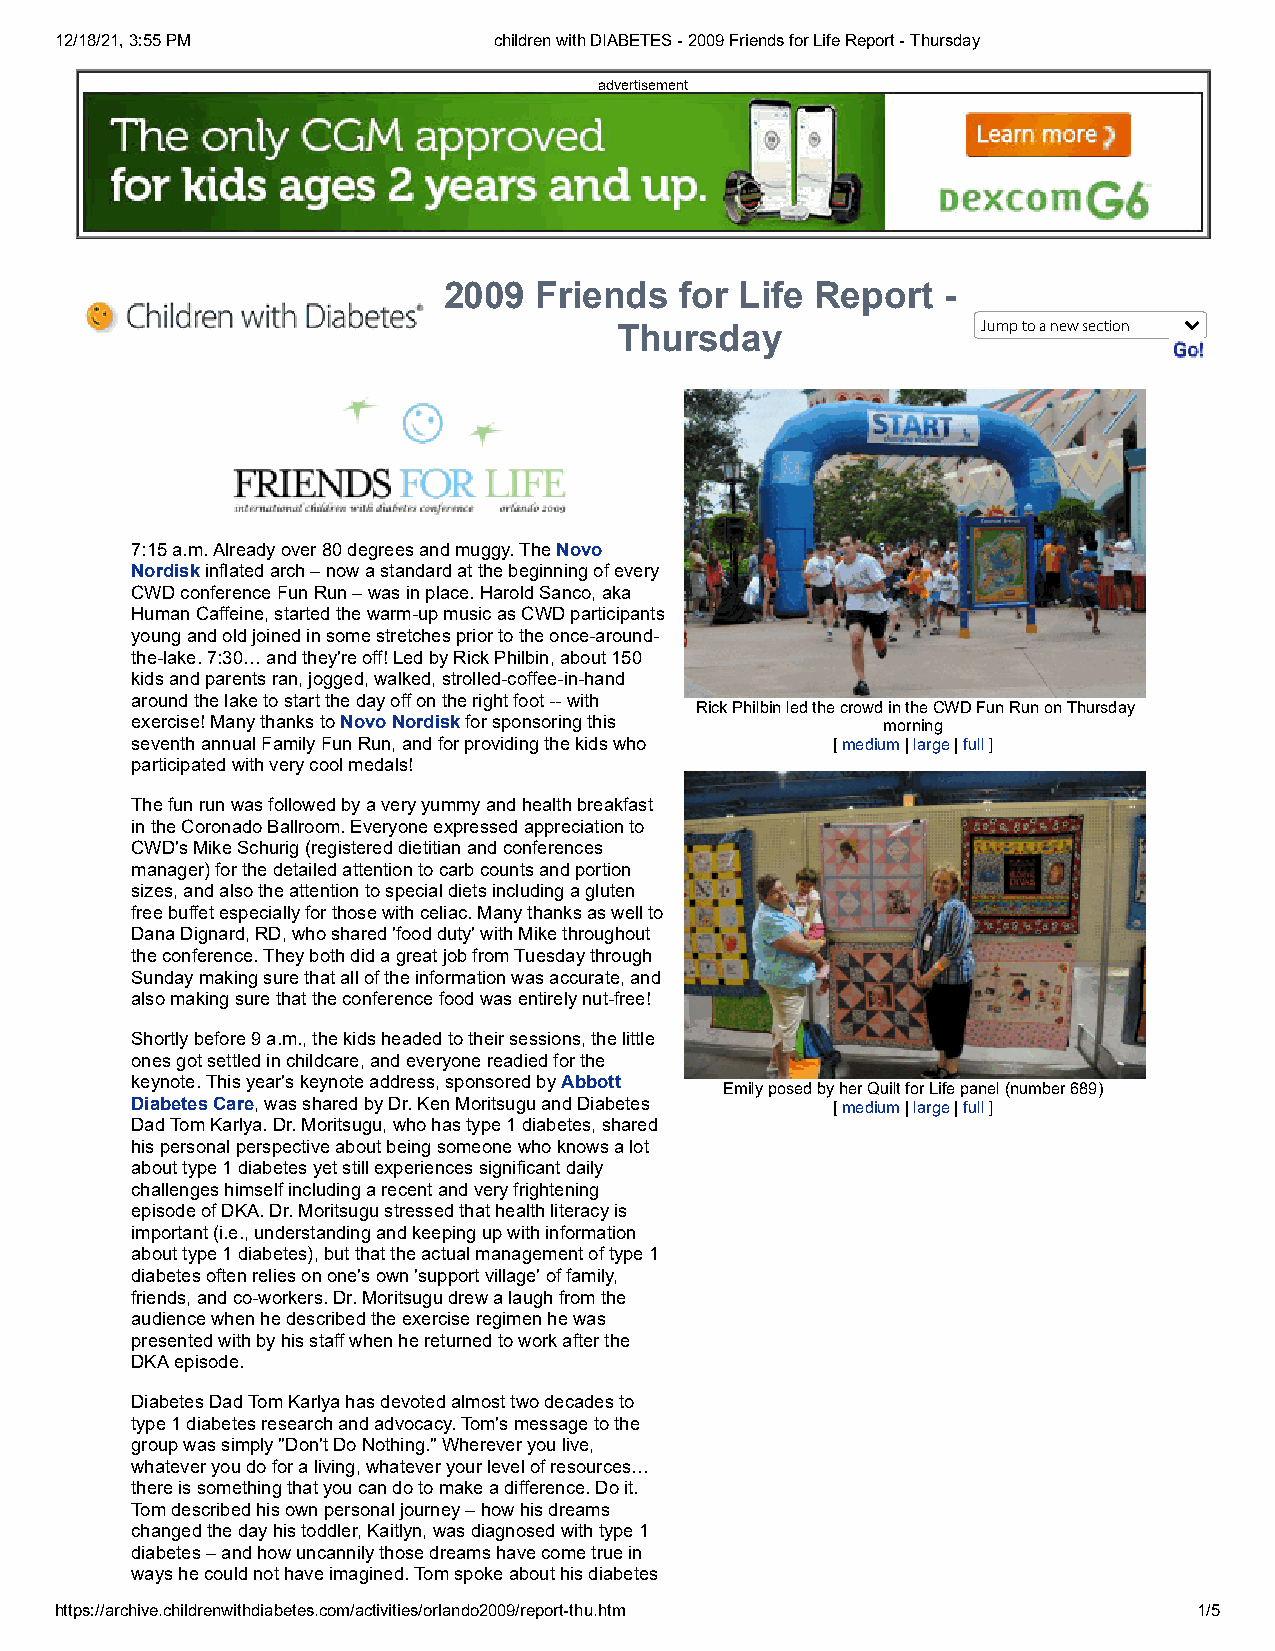
12/18/21, 3:55 PM            children with DIABETES - 2009 Friends for Life Report - Thursday
 advertisement
 2009  Friends   for Life Report   -
 Thursday                Jump to a new section
 7:15 a.m. Already over 80 degrees and muggy. The Novo
 Nordisk inflated arch – now a standard at the beginning of every
 CWD conference Fun Run – was in place. Harold Sanco, aka
 Human Caffeine, started the warm-up music as CWD participants
 young and old joined in some stretches prior to the once-around-
 the-lake. 7:30… and they're off! Led by Rick Philbin, about 150
 kids and parents ran, jogged, walked, strolled-coffee-in-hand
 around the lake to start the day off on the right foot -- with
 Rick Philbin led the crowd in the CWD Fun Run on Thursday
 exercise! Many thanks to Novo Nordisk for sponsoring this morning
 seventh annual Family Fun Run, and for providing the kids who [ medium | large | full ]
 participated with very cool medals!
 The fun run was followed by a very yummy and health breakfast
 in the Coronado Ballroom. Everyone expressed appreciation to
 CWD's Mike Schurig (registered dietitian and conferences
 manager) for the detailed attention to carb counts and portion
 sizes, and also the attention to special diets including a gluten
 free buffet especially for those with celiac. Many thanks as well to
 Dana Dignard, RD, who shared 'food duty' with Mike throughout
 the conference. They both did a great job from Tuesday through
 Sunday making sure that all of the information was accurate, and
 also making sure that the conference food was entirely nut-free!
 Shortly before 9 a.m., the kids headed to their sessions, the little
 ones got settled in childcare, and everyone readied for the
 keynote. This year's keynote address, sponsored by Abbott
 Emily posed by her Quilt for Life panel (number 689)
 Diabetes Care, was shared by Dr. Ken Moritsugu and Diabetes [ medium | large | full ]
 Dad Tom Karlya. Dr. Moritsugu, who has type 1 diabetes, shared
 his personal perspective about being someone who knows a lot
 about type 1 diabetes yet still experiences significant daily
 challenges himself including a recent and very frightening
 episode of DKA. Dr. Moritsugu stressed that health literacy is
 important (i.e., understanding and keeping up with information
 about type 1 diabetes), but that the actual management of type 1
 diabetes often relies on one's own 'support village' of family,
 friends, and co-workers. Dr. Moritsugu drew a laugh from the
 audience when he described the exercise regimen he was
 presented with by his staff when he returned to work after the
 DKA episode.
 Diabetes Dad Tom Karlya has devoted almost two decades to
 type 1 diabetes research and advocacy. Tom's message to the
 group was simply "Don't Do Nothing." Wherever you live,
 whatever you do for a living, whatever your level of resources…
 there is something that you can do to make a difference. Do it.
 Tom described his own personal journey – how his dreams
 changed the day his toddler, Kaitlyn, was diagnosed with type 1
 diabetes – and how uncannily those dreams have come true in
 ways he could not have imagined. Tom spoke about his diabetes
 https://archive.childrenwithdiabetes.com/activities/orlando2009/report-thu.htm 1/5